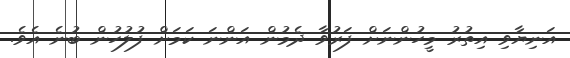
އަނިޔާވި އިތުރު މީހުންނަށް ފަރުވާ ދެމުން އަންނަ ކަމަށް ފުލުހުން ބުނެ އެވެ.